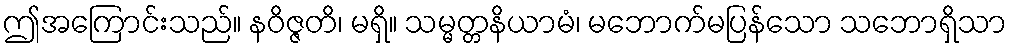
ဤအကြောင်းသည်။ နဝိဇ္ဇတိ၊ မရှိ။ သမ္မတ္တနိယာမံ၊ မဘောက်မပြန်သော သဘောရှိသာ